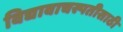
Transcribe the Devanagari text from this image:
विद्यावाचस्पतीसाठी